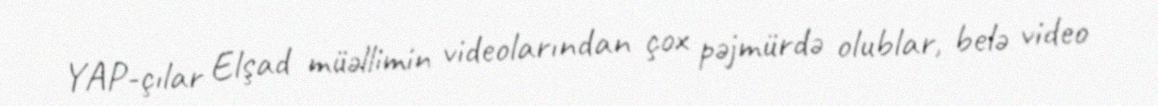
YAP-çılar Elşad müəllimin videolarından çox pəjmürdə olublar, belə video